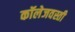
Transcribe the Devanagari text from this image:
कॉलेजवस्ती